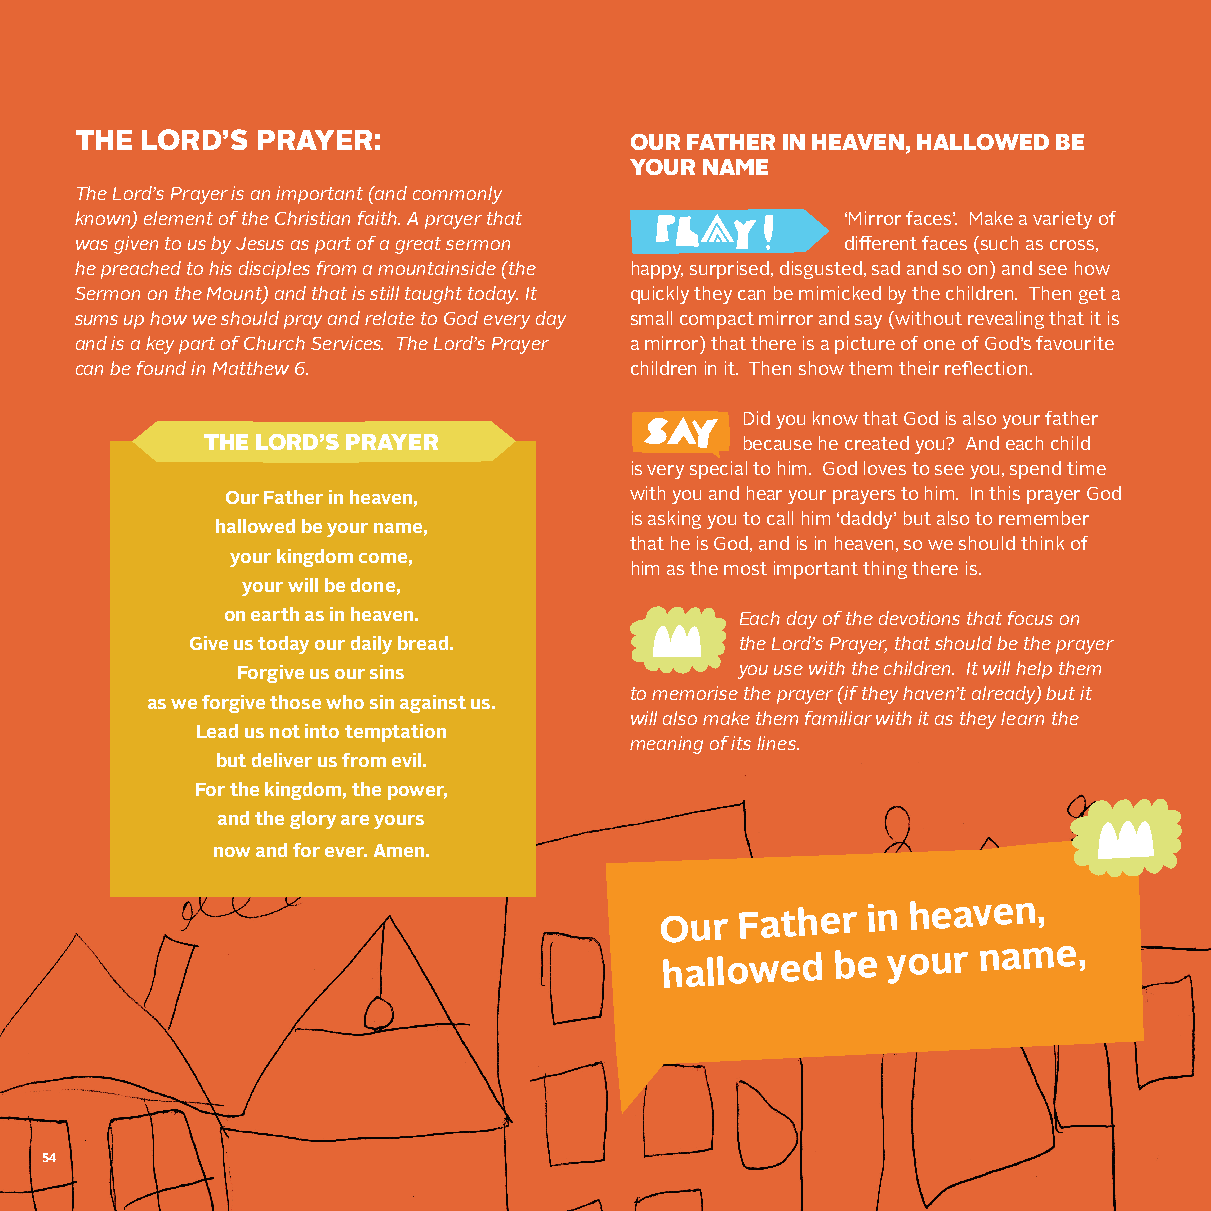
THE LORD’S  PRAYER:                  OUR FATHER IN HEAVEN, HALLOWED BE
 YOUR NAME
 The Lord’s Prayer is an important (and commonly
 known) element of the Christian faith. A prayer that ‘Mirror faces’. Make a variety of
 was given to us by Jesus as part of a great sermon different faces (such as cross,
 he preached to his disciples from a mountainside (the happy, surprised, disgusted, sad and so on) and see how
 Sermon on the Mount) and that is still taught today. It quickly they can be mimicked by the children. Then get a
 sums up how we should pray and relate to God every day small compact mirror and say (without revealing that it is
 and is a key part of Church Services. The Lord’s Prayer a mirror) that there is a picture of one of God’s favourite
 can be found in Matthew 6.           children in it. Then show them their reflection.
 Did you know that God is also your father
 THE LORD’S PRAYER                   because he created you? And each child
 is very special to him. God loves to see you, spend time
 Our Father in heaven,      with you and hear your prayers to him. In this prayer God
 is asking you to call him ‘daddy’ but also to remember
 hallowed be your name,
 that he is God, and is in heaven, so we should think of
 your kingdom come,
 him as the most important thing there is.
 your will be done,
 on earth as in heaven.            Each day of the devotions that focus on
 Give us today our daily bread.      the Lord’s Prayer, that should be the prayer
 Forgive us our sins              you use with the children. It will help them
 to memorise the prayer (if they haven’t already) but it
 as we forgive those who sin against us.
 will also make them familiar with it as they learn the
 Lead us not into temptation
 meaning of its lines.
 but deliver us from evil.
 For the kingdom, the power,
 and the glory are yours
 now and for ever. Amen.
 Our
 Father  in
 heaven,
 hallowed   be  your  name,
 54